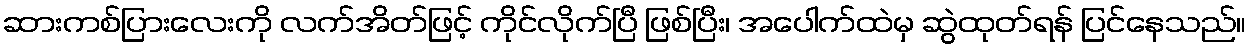
ဆားကစ်ပြားလေးကို လက်အိတ်ဖြင့် ကိုင်လိုက်ပြီ ဖြစ်ပြီး၊ အပေါက်ထဲမှ ဆွဲထုတ်ရန် ပြင်နေသည်။